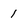
Character: 1